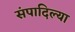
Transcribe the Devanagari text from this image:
संपादिल्या